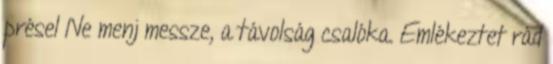
présel Ne menj messze, a távolság csalóka. Emlékeztet rád